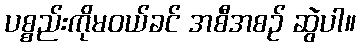
ပစ္စည်းကိုမဝယ်ခင် အစီအစဉ် ဆွဲပါ။